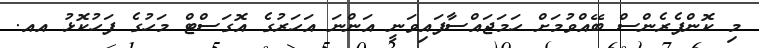
މި ކޮންފެރެންސް ބޭއްވުމަށް ހަމަޖައްސާފައިވަނީ އަންނަ އަހަރުގެ އޮގަސްޓް މަހުގެ ފަހުކޮޅު އއ.